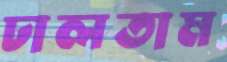
ঢালতাম